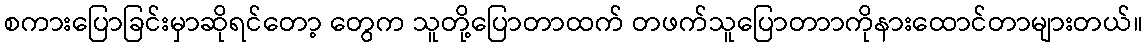
စကားပြောခြင်းမှာဆိုရင်တော့ တွေက သူတို့ပြောတာထက် တဖက်သူပြောတာာကိုနားထောင်တာများတယ်။